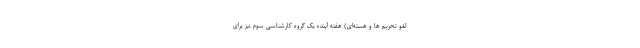
لغو تحریم ها و هسته‌ای) هفته آینده یک گروه کارشناسی سوم نیز برای